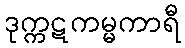
ဒုက္ကဋကမ္မကာရီ